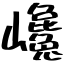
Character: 巉